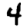
Digit: 4